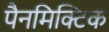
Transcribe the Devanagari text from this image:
पैनमिक्टिक